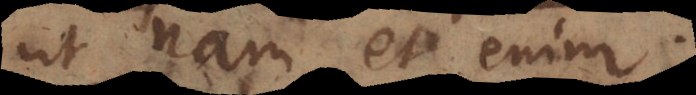
ut nam et enim.